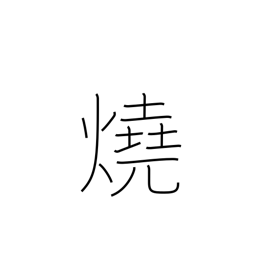
Meaning: bake